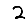
Digit: 2